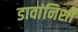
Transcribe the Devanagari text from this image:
डावांनिशी